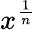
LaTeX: x^{\frac{1}{n}}